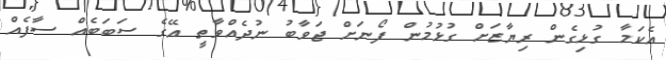
އެކަމާ ގުޅިގެން ރިޔާޒަށް ގުޅުމުން ފޯނަށް ޖަވާބު ނުދެއްވާތީ އޭގެ ސަބަބެއް ސާފެއް